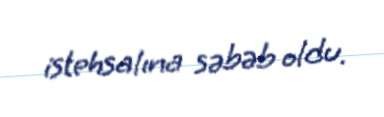
istehsalına səbəb oldu.